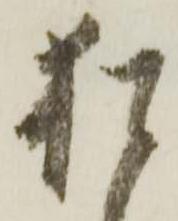
猶